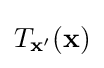
T_{\mathbf {x} '}(\mathbf {x} )